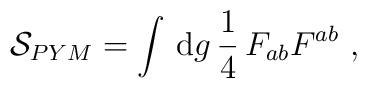
{\cal S}_{PYM} =\int \, {\rm d}g\, \frac{1}{4} \, F_{ab}F^{ab}~,